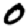
Digit: 0